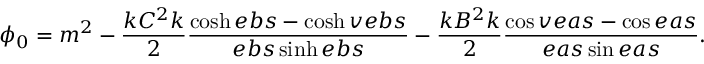
\phi _ { 0 } = m ^ { 2 } - \frac { k C ^ { 2 } k } { 2 } \frac { \cosh e b s - \cosh v e b s } { e b s \sinh e b s } - \frac { k B ^ { 2 } k } { 2 } \frac { \cos v e a s - \cos e a s } { e a s \sin e a s } .